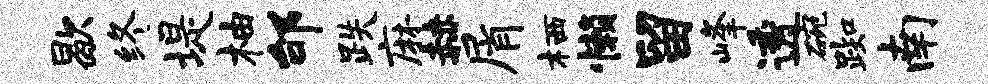
歇终堤柚邰跌麻赫屑栖懒留峰透碗踟南